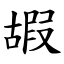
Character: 嘏